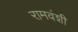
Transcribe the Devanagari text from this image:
रामवंशी